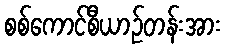
စစ်ကောင်စီယာဉ်တန်းအား